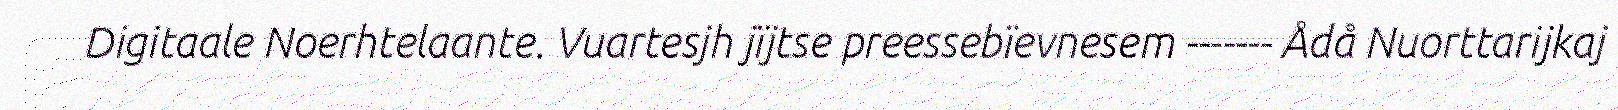
Digitaale Noerhtelaante. Vuartesjh jïjtse preessebïevnesem ------- Ådå Nuorttarijkaj